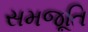
સમજૂતિ